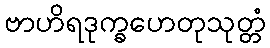
ဗာဟိရဒုက္ခဟေတုသုတ္တံ